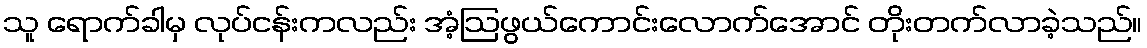
သူ ရောက်ခါမှ လုပ်ငန်းကလည်း အံ့ဩဖွယ်ကောင်းလောက်အောင် တိုးတက်လာခဲ့သည်။